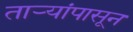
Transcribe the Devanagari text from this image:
तार्‍यांपासून